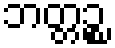
ဘတ္တဉ္စ